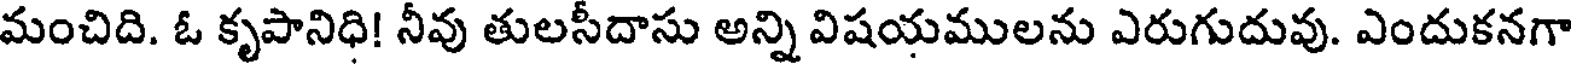
మంచిది. ఓ కృపానిధి! నీవు తులసీదాసు అన్ని విషయములను ఎరుగుదువు. ఎందుకనగా